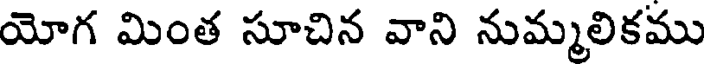
యోగ మింత సూచిన వాని నుమ్మలికము